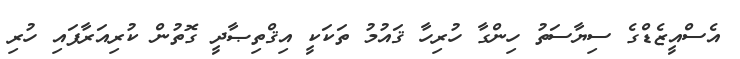
އެސްއީޒެޑްގެ ސިޔާސަތު ހިންގާ ހުރިހާ ޤައުމު ތަކަކީ އިޤްތިޞާދީ ގޮތުން ކުރިއަރާފައި ހުރި